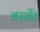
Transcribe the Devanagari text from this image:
बरसंहि